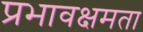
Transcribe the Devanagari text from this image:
प्रभावक्षमता